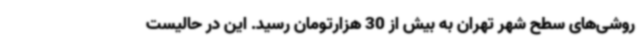
روشی‌های سطح شهر تهران به بیش از 30 هزارتومان رسید. این در حالیست